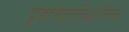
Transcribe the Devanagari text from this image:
प्रागएतिहासिक